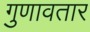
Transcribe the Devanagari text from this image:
गुणावतार